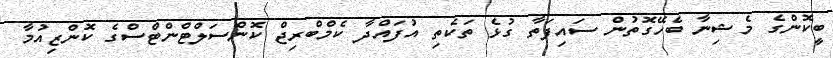
ބީކޮންގެ މެޝިނާ ބެހޭގޮތުން ސައިފަތާ ގުޅެ ތަކެތި އުފައްދާ ކެމްބްރިޖް ކޮންސަލްޓްންޓްސްގެ ކޮންޒިއުމާ